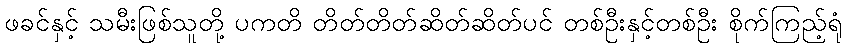
ဖခင်နှင့် သမီးဖြစ်သူတို့ ပကတိ တိတ်တိတ်ဆိတ်ဆိတ်ပင် တစ်ဦးနှင့်တစ်ဦး စိုက်ကြည့်ရုံ